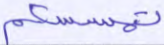
تمسسكم